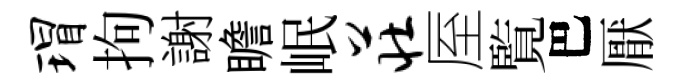
瑁拘謝瞻岷庄厔覧巴厭